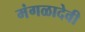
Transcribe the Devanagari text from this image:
मंगळादेवी